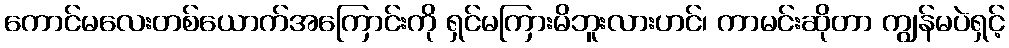
ကောင်မလေးတစ်ယောက်အကြောင်းကို ရှင်မကြားမိဘူးလားဟင်၊ ကာမင်းဆိုတာ ကျွန်မပဲရှင့်